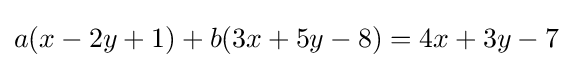
a(x-2y+1)+b(3x+5y-8)=4x+3y-7